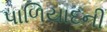
પાળિયાદની